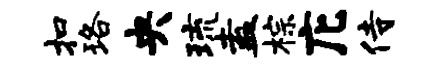
扣珞央琉盍棕庀侍